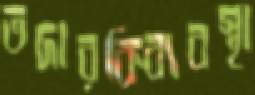
তদারকিব্যবস্থা